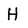
Character: H